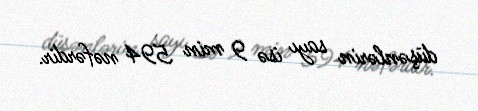
düşənlərin sayı isə 9 min 594 nəfərdir.